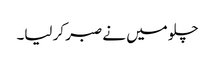
چلو میں نے صبر کر لیا۔